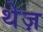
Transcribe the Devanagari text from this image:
थेज़